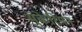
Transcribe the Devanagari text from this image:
मुकेरियन